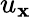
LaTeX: u_{\mathbf{x}}